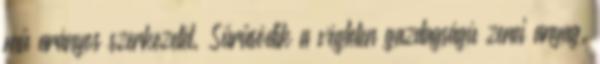
mű arányos szerkezetét. Sűrűsödik a végtelen gazdagságú zenei anyag,